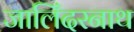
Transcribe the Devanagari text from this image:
जालिँदरनाथ